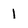
Character: 1